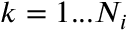
k = 1 . . . N _ { i }